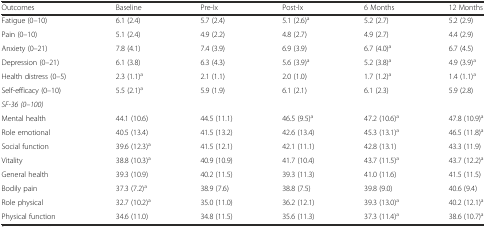
<table><thead><tr><td><b>Outcomes</b></td><td><b>Baseline</b></td><td><b>Pre-Ix</b></td><td><b>Post-Ix</b></td><td><b>6 Months</b></td><td><b>12 Months</b></td></tr></thead><tbody><tr><td>Fatigue (0–10)</td><td>6.1 (2.4)</td><td>5.7 (2.4)</td><td>5.1 (2.6)<sup>a</sup></td><td>5.2 (2.7)</td><td>5.2 (2.9)</td></tr><tr><td>Pain (0–10)</td><td>5.1 (2.4)</td><td>4.9 (2.2)</td><td>4.8 (2.7)</td><td>4.9 (2.7)</td><td>4.4 (2.9)</td></tr><tr><td>Anxiety (0–21)</td><td>7.8 (4.1)</td><td>7.4 (3.9)</td><td>6.9 (3.9)</td><td>6.7 (4.0)<sup>a</sup></td><td>6.7 (4.5)</td></tr><tr><td>Depression (0–21)</td><td>6.1 (3.8)</td><td>6.3 (4.3)</td><td>5.6 (3.9)<sup>a</sup></td><td>5.2 (3.8)<sup>a</sup></td><td>4.9 (3.9)<sup>a</sup></td></tr><tr><td>Health distress (0–5)</td><td>2.3 (1.1)<sup>a</sup></td><td>2.1 (1.1)</td><td>2.0 (1.0)</td><td>1.7 (1.2)<sup>a</sup></td><td>1.4 (1.1)<sup>a</sup></td></tr><tr><td>Self-efficacy (0–10)</td><td>5.5 (2.1)<sup>a</sup></td><td>5.9 (1.9)</td><td>6.1 (2.1)</td><td>6.1 (2.3)</td><td>5.9 (2.8)</td></tr><tr><td><i>SF-36 (0–100)</i></td><td></td><td></td><td></td><td></td><td></td></tr><tr><td>Mental health</td><td>44.1 (10.6)</td><td>44.5 (11.1)</td><td>46.5 (9.5)<sup>a</sup></td><td>47.2 (10.6)<sup>a</sup></td><td>47.8 (10.9)<sup>a</sup></td></tr><tr><td>Role emotional</td><td>40.5 (13.4)</td><td>41.5 (13.2)</td><td>42.6 (13.4)</td><td>45.3 (13.1)<sup>a</sup></td><td>46.5 (11.8)<sup>a</sup></td></tr><tr><td>Social function</td><td>39.6 (12.3)<sup>a</sup></td><td>41.5 (12.1)</td><td>42.1 (11.1)</td><td>42.8 (13.1)</td><td>43.3 (11.9)</td></tr><tr><td>Vitality</td><td>38.8 (10.3)<sup>a</sup></td><td>40.9 (10.9)</td><td>41.7 (10.4)</td><td>43.7 (11.5)<sup>a</sup></td><td>43.7 (12.2)<sup>a</sup></td></tr><tr><td>General health</td><td>39.3 (10.9)</td><td>40.2 (11.5)</td><td>39.3 (11.3)</td><td>41.0 (11.6)</td><td>41.5 (11.5)</td></tr><tr><td>Bodily pain</td><td>37.3 (7.2)<sup>a</sup></td><td>38.9 (7.6)</td><td>38.8 (7.5)</td><td>39.8 (9.0)</td><td>40.6 (9.4)</td></tr><tr><td>Role physical</td><td>32.7 (10.2)<sup>a</sup></td><td>35.0 (11.0)</td><td>36.2 (12.1)</td><td>39.3 (13.0)<sup>a</sup></td><td>40.2 (12.1)<sup>a</sup></td></tr><tr><td>Physical function</td><td>34.6 (11.0)</td><td>34.8 (11.5)</td><td>35.6 (11.3)</td><td>37.3 (11.4)<sup>a</sup></td><td>38.6 (10.7)<sup>a</sup></td></tr></tbody></table>